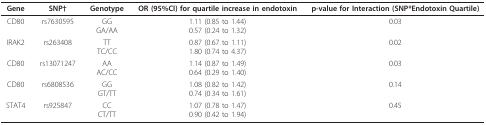
<table><thead><tr><td><b>Gene</b></td><td><b>SNP†</b></td><td><b>Genotype</b></td><td><b>OR (95%CI) for quartile increase in endotoxin</b></td><td><b>p-value for Interaction (SNP*Endotoxin Quartile)</b></td></tr></thead><tbody><tr><td>CD80</td><td>rs7630595</td><td>GGGA/AA</td><td>1.11 (0.85 to 1.44)0.57 (0.24 to 1.32)</td><td>0.03</td></tr><tr><td>IRAK2</td><td>rs263408</td><td>TTTC/CC</td><td>0.87 (0.67 to 1.11)1.80 (0.74 to 4.37)</td><td>0.02</td></tr><tr><td>CD80</td><td>rs13071247</td><td>AAAC/CC</td><td>1.14 (0.87 to 1.49)0.64 (0.29 to 1.40)</td><td>0.03</td></tr><tr><td>CD80</td><td>rs6808536</td><td>GGGT/TT</td><td>1.08 (0.82 to 1.42)0.74 (0.34 to 1.61)</td><td>0.14</td></tr><tr><td>STAT4</td><td>rs925847</td><td>CCCT/TT</td><td>1.07 (0.78 to 1.47)0.90 (0.42 to 1.94)</td><td>0.45</td></tr></tbody></table>